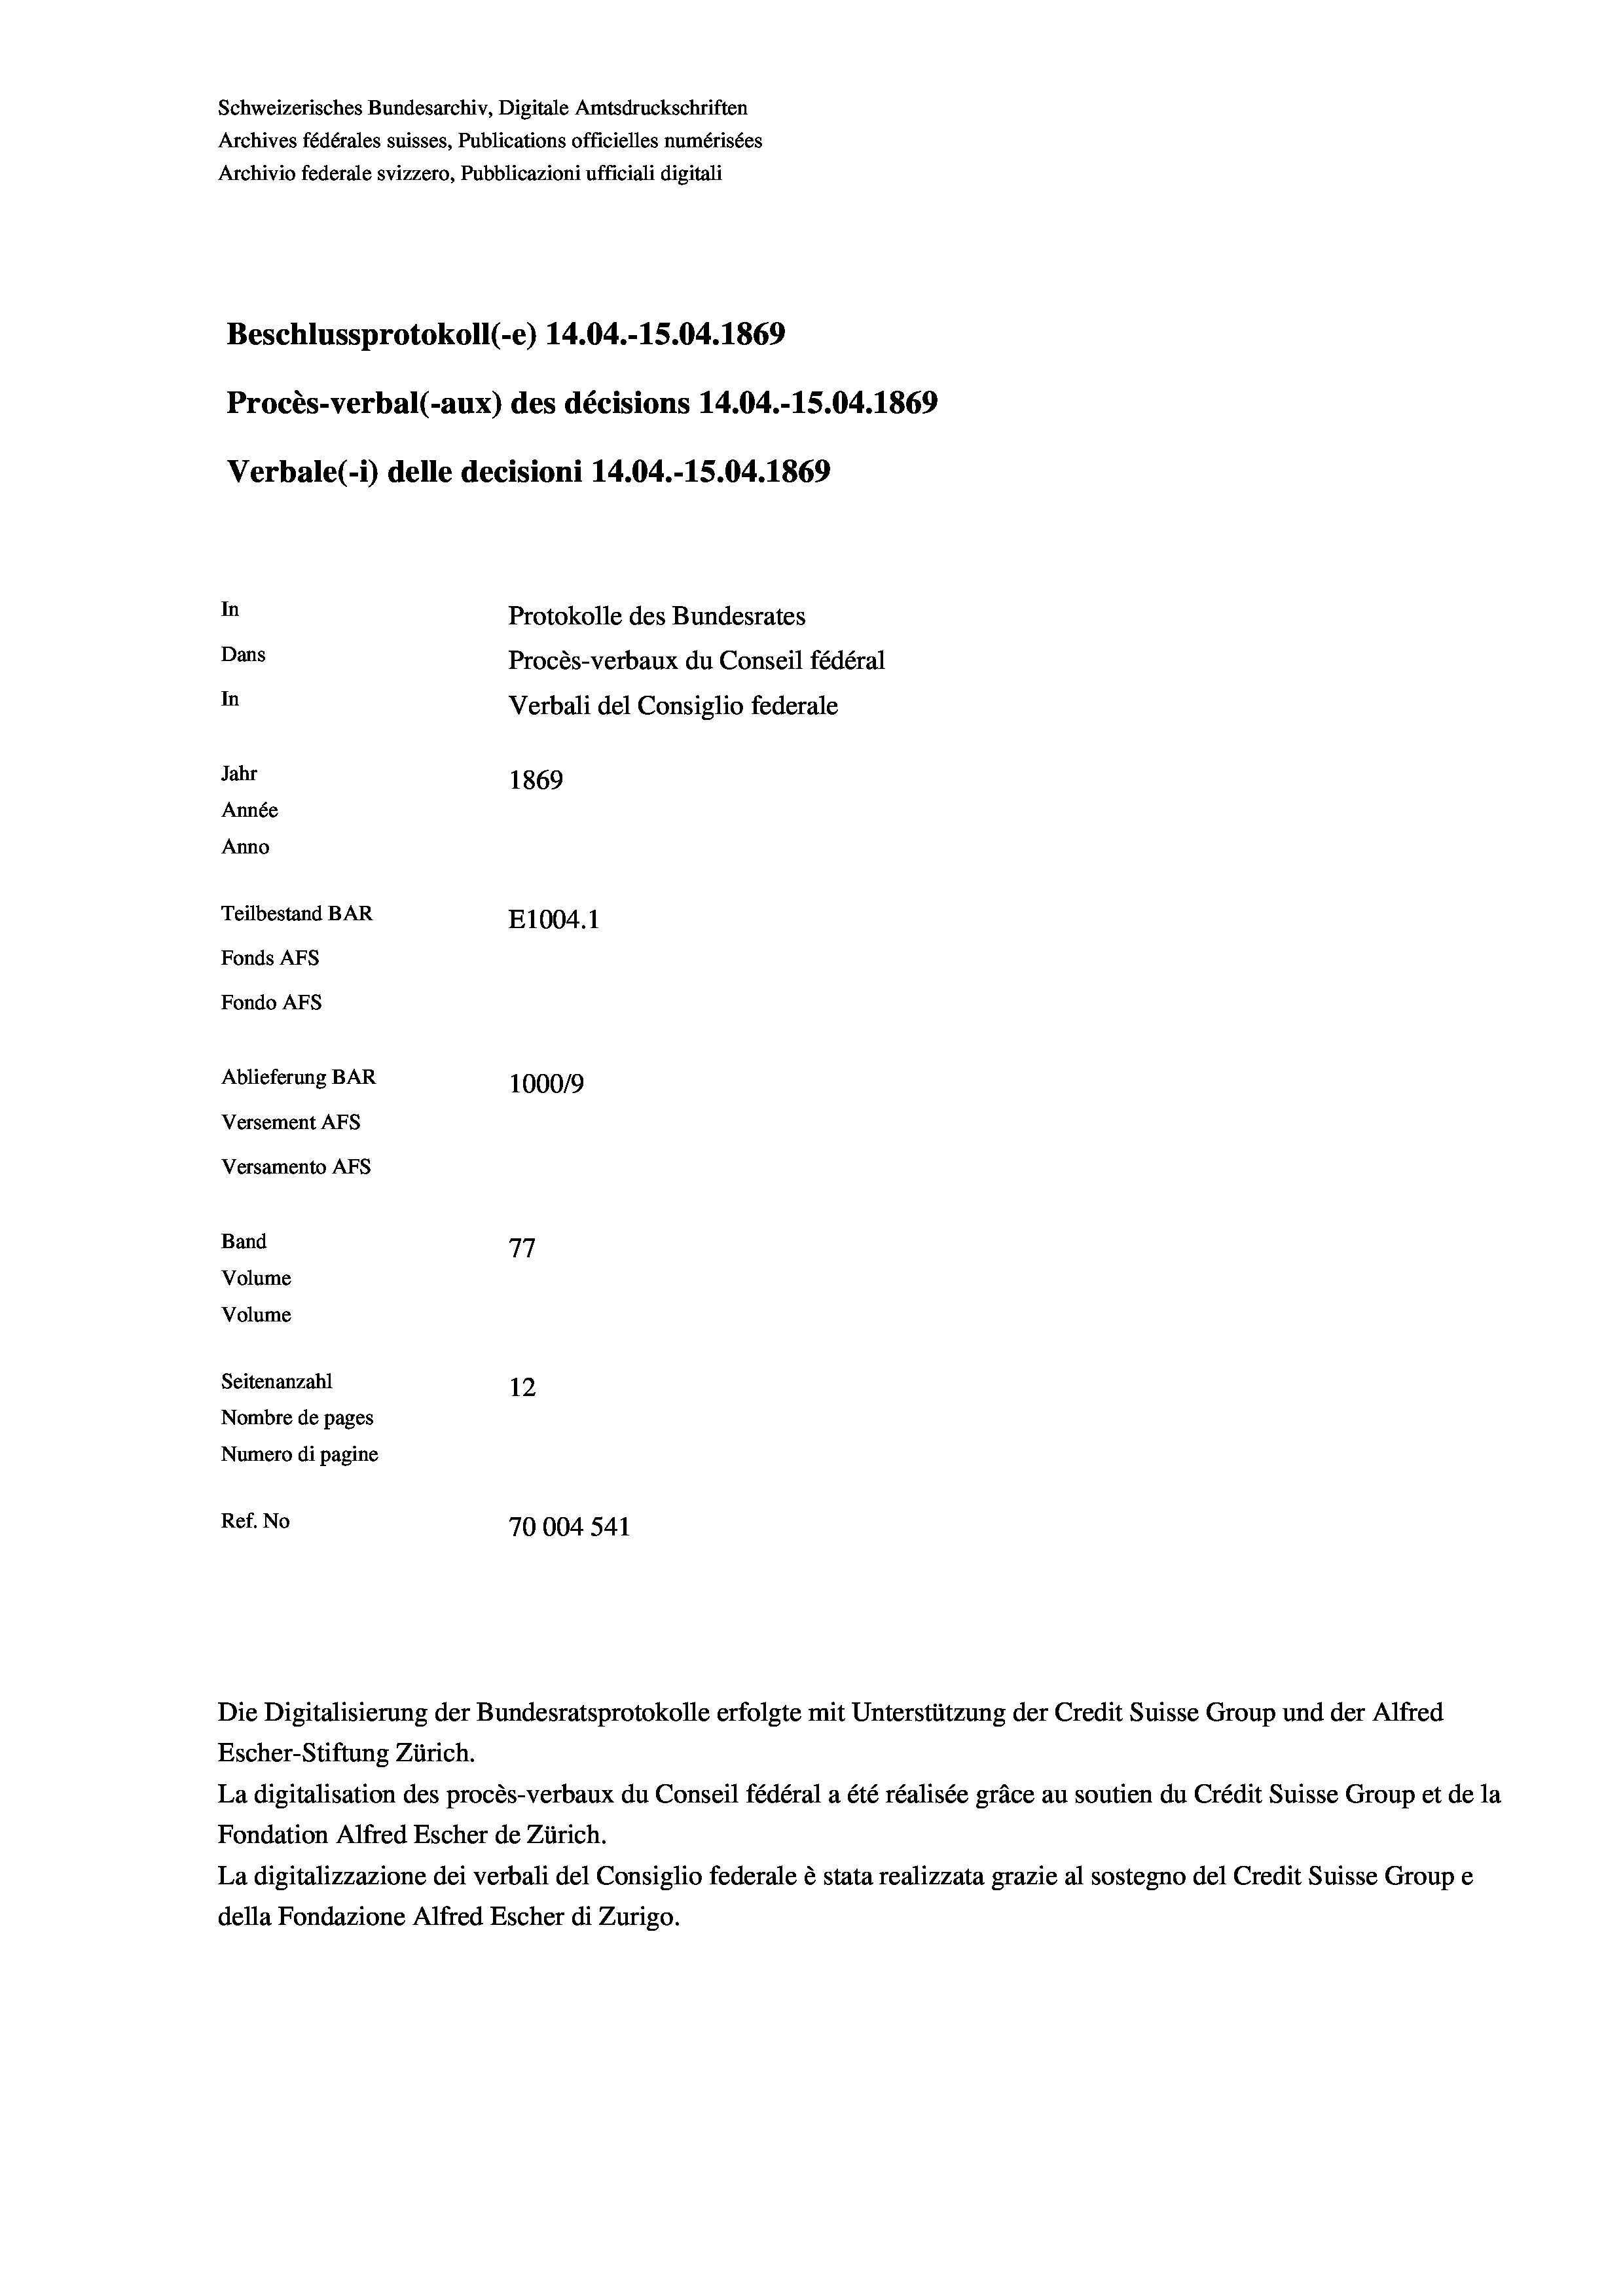
Schweizerisches Bundesarchiv, Digitale Amtsdruckschriften
Archives fédérales suisses, Publications officielles numérisées
Archivio federale svizzero, Pubblicazioni ufficiali digitali
Beschlussprotokoll (-e) 14.04.-15.04. 1869
Procès-verbal (-aux) des décisions 14.04.-15.04. 1869
Verbale (i) delle decisioni 14.04.-15.04. 1869
Protokolle des Bundesrates
Dans
Procès-verbaux du Conseil fédéral
In
Verbali del Consiglio federale
Jahr
1869
Année
Anno
Teilbestand BAR
E1004.1
Fonds AFs
Fondo Afs
Ablieferung BAR
100019
Versement AFs
Versamento Afs
Band
77
Volume
Volume
Seitenanzahl
12
Nombre de pages
Numero di pagine
Ref. No
70004541

In

Escher-Stiftung Zürich.
La digitalisation des procès-verbaux du Conseil fédéral a été réalisée gräce au soutien du Crédit Suisse Group et de la
Fondation Alfred Escher de Zürich.
La digitalizzazione dei verbali del Consiglio federale è stata realizzata grazie al sostegno del Credit Suisse Groupe
della Fondazione Alfred Escher di Zurigo.

Die Digitalisierung der Bundesratsprotokolle erfolgte mit Unterstützung der Credit Suisse Group und der Alfred